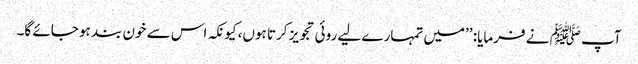
آپ ﷺ نے فرمایا: ’’میں تمہارے لیے روئی تجویز کرتا ہوں، کیونکہ اس سے خون بند ہو جائے گا۔